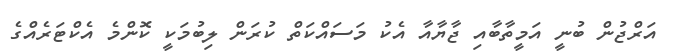
އަރްޖުން ބުނީ އަމީތާބާއި ޖާޔާއާ އެކު މަސައްކަތް ކުރަން ލިބުމަކީ ކޮންމެ އެކްޓަރެއްގެ